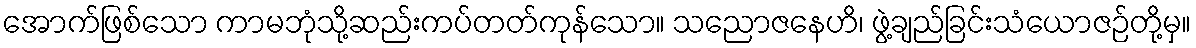
အောက်ဖြစ်သော ကာမဘုံသို့ဆည်းကပ်တတ်ကုန်သော။ သညောဇနေဟိ၊ ဖွဲ့ချည်ခြင်းသံယောဇဉ်တို့မှ။